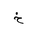
Letter: _kha